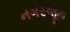
નગરજૂથ